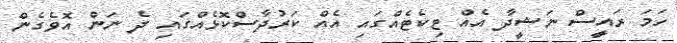
ހަމަ ރައީސް ނަޝީދާ އެއް ޓިކެޓެއްގައި އެއް ކަރުދާސްކޮޅެއްގައި ދެ ނަން އޮވެގެން